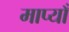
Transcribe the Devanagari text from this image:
माप्याँ